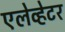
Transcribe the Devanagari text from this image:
एलेव्हेटर